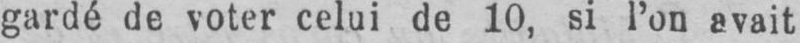
gardé de voter celui de 10, si l’on avait